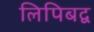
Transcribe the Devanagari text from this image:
लिपिबद्व